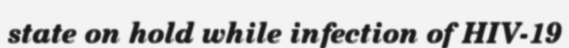
state on hold while infection of HIV-19